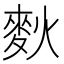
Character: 𪌌